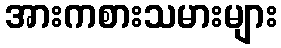
အားကစားသမားများ